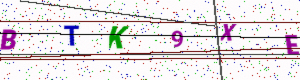
Text: BTK9XE